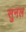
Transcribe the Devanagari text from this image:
सुनल